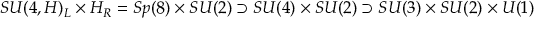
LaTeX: S U ( 4 , H ) _ { L } \times H _ { R } = S p ( 8 ) \times S U ( 2 ) \supset S U ( 4 ) \times S U ( 2 ) \supset S U ( 3 ) \times S U ( 2 ) \times U ( 1 )